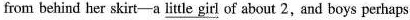
from behind her skirt-a \underline{little girl} of about 2,and boys perhaps